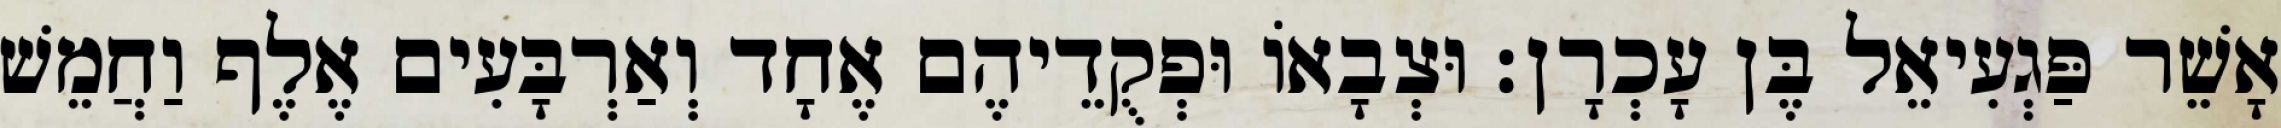
אָשֵׁר פַּגְעִיאֵל בֶּן עָכְרָן׃ וּצְבָאוֹ וּפְקֻדֵיהֶם אֶחָד וְאַרְבָּעִים אֶלֶף וַחֲמֵשׁ